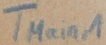
Text: TMain,1